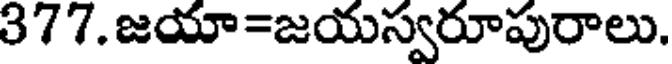
377. జయా=జయస్వరూపురాలు.